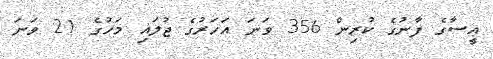
އީސާގެ ފާނުގެ ކުރިން 356 ވަނަ އަހަރުގެ ޖުލައި މަހުގެ 21 ވަނަ